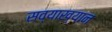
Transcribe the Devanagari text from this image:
सव्याख्यान